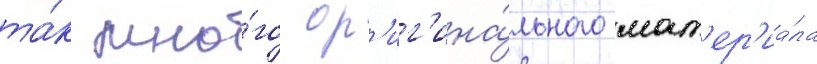
та́к мно́го ор'иг'ина́льного мат'ер'иа́ла